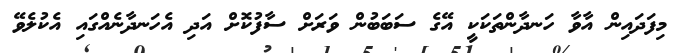
މިފަދައިން އާވާ ހަނދާންތަކަކީ އޭގެ ސަބަބުން ވަރަށް ސާފުކޮށް އަދި އެހަނދާނެއްގައި އެކުލެވޭ